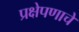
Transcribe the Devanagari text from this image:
प्रक्षेपणाचे